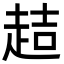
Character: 趌